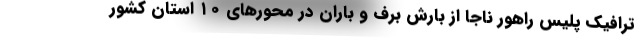
ترافیک پلیس راهور ناجا از بارش برف و باران در محورهای ۱۰ استان کشور